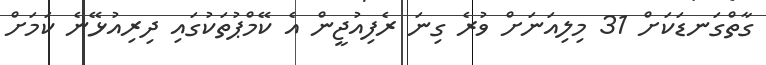
ގާތްގަނޑަކަށް 31 މިލިއަނަށް ވުރެ ގިނަ ރެފިއުޖީން އެ ކޭމްޕުތަކުގައި ދިރިއުޅޭނެ ކަމަށް